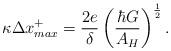
LaTeX: \begin{align*}\kappa \Delta x^+_{max}= {2e\over\delta}\left({\hbar G\over A_H}\right)^{1\over 2}.\end{align*}